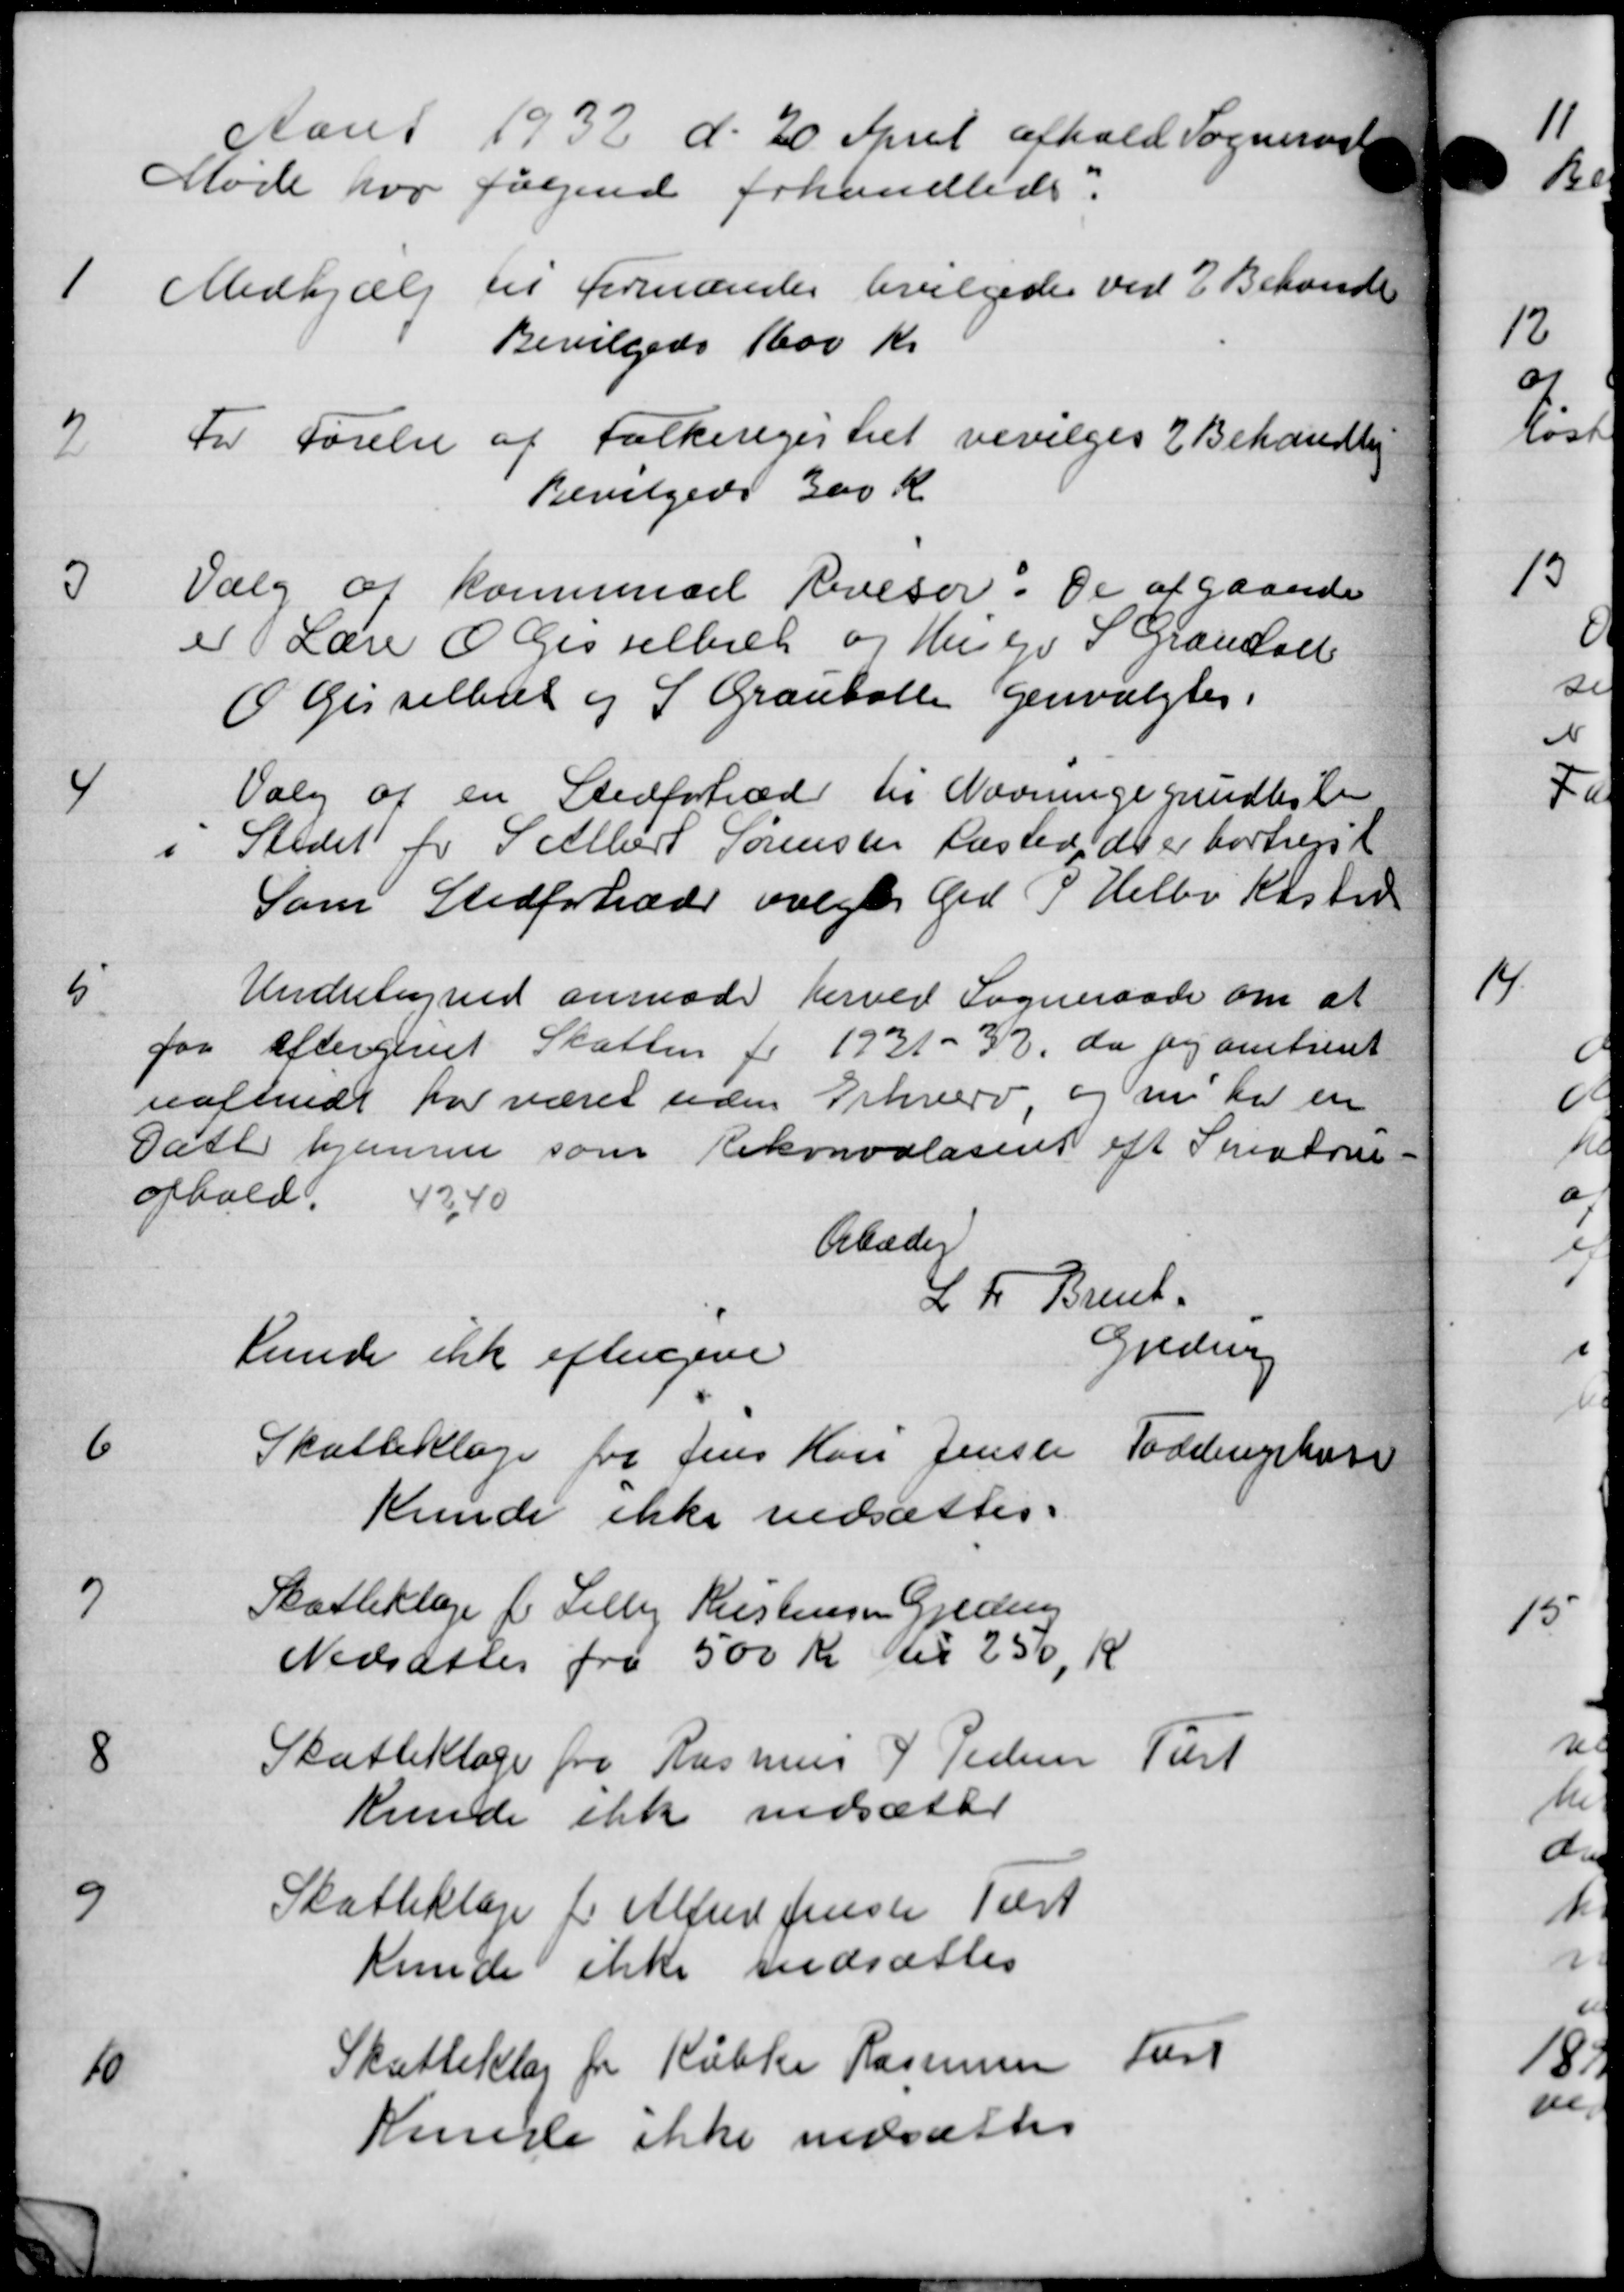
Transskription:
Aaret 1932 d. 20 April afhold Sogneraadet
Møde hvor følgende forhandledes:
1 Medhjælp til Formanden bevilgedes ved 2 Behandl
1 Medhjælp til Formanden bevilgedes ved 2 Behandl
Bevilgedes 1600 Kr
2
For Førelse af Folkeregistret bevilges 2 Behandling
Bevilgedes 300 Kr
3
Valg af Kommunel Revisor. De af gaaende
er Lære Gisselbæk og Huslev S. Grandal
O Gisselbud og S. Grauballe genvalgtes:
4
Valg af en Stedfortræder til Nævningegrundliste
Stedet for Selbert Sørensen Kasted, der er bortrejst
Som Stedfortræder valgtes Grd P. Helbo Kister
5
Undertegned anmoder herved Sogneraade om at
for eftergivet Skatten for 1931 - 32, da jeg amtseret
uafsendt har været uden Erhverv og nu har en
Datt hjemme som Rekonvaldsenet eft Skiverne
ophold. 42,40
Orbader
L. F. Brend
Gredsing
Kunde ikke eftergive
6
Skatteklage fra Jens Hans Jensen Toddingshus
Kunde ikke nedsættes.
7
Skatteklage for Selby Kristensen Gjeding
Nedsættes fra 500 Kr til 250, K
Skatteklage fra Rasmus P Pedersen Past
8
Kunde ikke nedsætter
9
Skatteklage for Alfred Jensen Tilst
kunde ikke nedsættes
10
Skatteklag for Købke Rasmussen Ford
Kunde ikke nedsættes